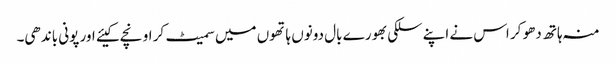
منہ ہاتھ دھو کر اس نے اپنے سلکی بھورے بال دونوں ہاتھوں میں سمیٹ کر اونچے کیئے اور پونی باندھی۔